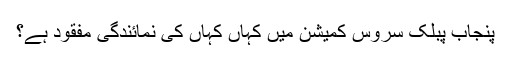
پنجاب پبلک سروس کمیشن میں کہاں کہاں کی نمائندگی مفقود ہے؟